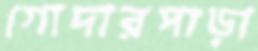
গোদারপাড়া